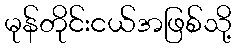
မုန်တိုင်းငယ်အဖြစ်သို့